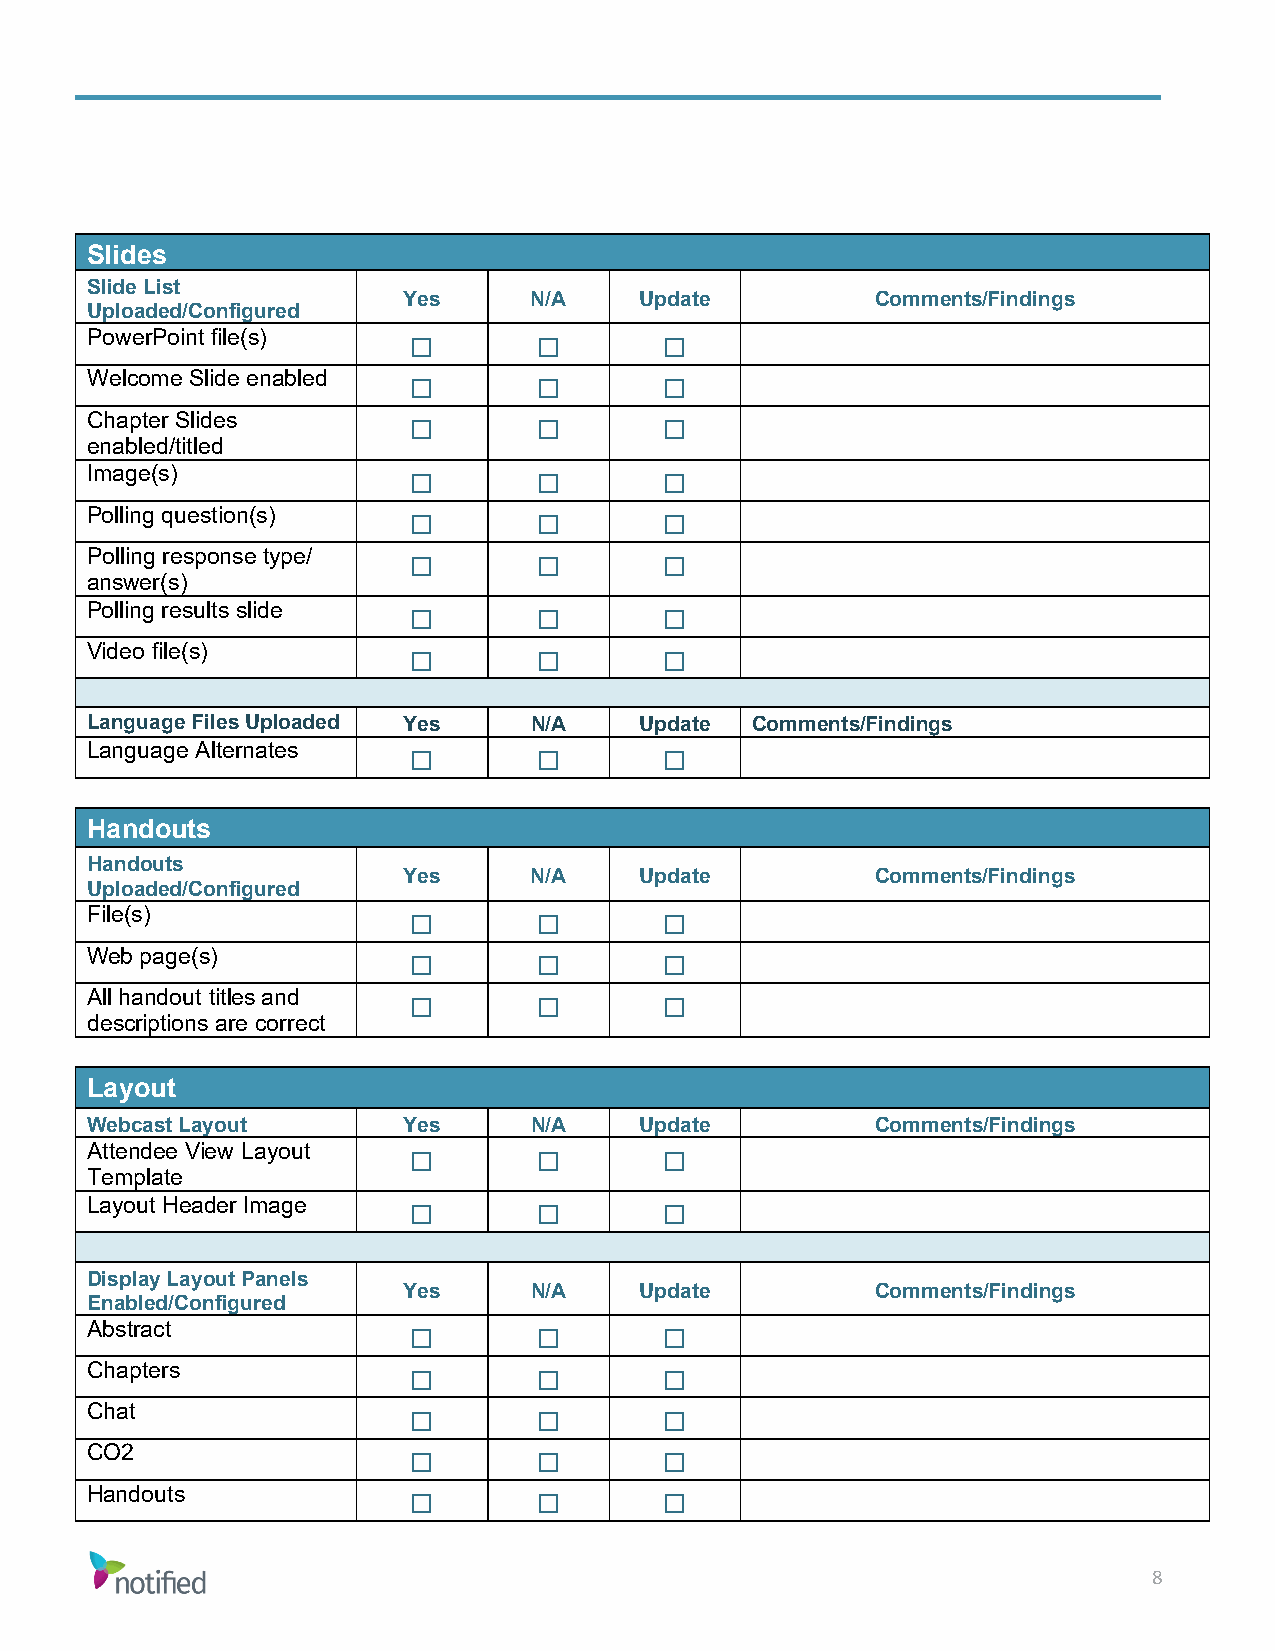
Slides
 Slide List
 Yes     N/A    Update          Comments/Findings
 Uploaded/Configured
 PowerPoint file(s)
 ☐        ☐       ☐
 Welcome Slide enabled
 ☐        ☐       ☐
 Chapter Slides
 enabled/titled       ☐        ☐       ☐
 Image(s)
 ☐        ☐       ☐
 Polling question(s)
 ☐        ☐       ☐
 Polling response type/
 answer(s)            ☐        ☐       ☐
 Polling results slide
 ☐        ☐       ☐
 Video file(s)
 ☐        ☐       ☐
 Language Files Uploaded Yes  N/A    Update  Comments/Findings
 Language Alternates
 ☐        ☐       ☐
 Handouts
 Handouts
 Yes     N/A    Update          Comments/Findings
 Uploaded/Configured
 File(s)
 ☐        ☐       ☐
 Web page(s)
 ☐        ☐       ☐
 All handout titles and
 descriptions are correct ☐    ☐       ☐
 Layout
 Webcast Layout       Yes     N/A    Update          Comments/Findings
 Attendee View Layout
 Template             ☐        ☐       ☐
 Layout Header Image
 ☐        ☐       ☐
 Display Layout Panels
 Yes     N/A    Update          Comments/Findings
 Enabled/Configured
 Abstract
 ☐        ☐       ☐
 Chapters
 ☐        ☐       ☐
 Chat
 ☐        ☐       ☐
 CO2
 ☐        ☐       ☐
 Handouts
 ☐        ☐       ☐
 8